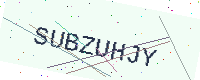
Text: SUBZUHJY